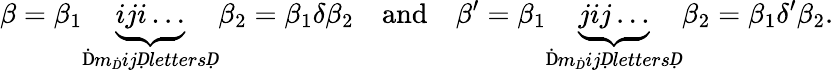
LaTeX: \beta=\beta_{1}\underbrace{iji\dots}_{\mathrm{Ḋ}m_{Ḋ}ijḌlettersḌ}\beta_{2}=\beta_{1}\delta\beta_{2}\quad\mathrm{and}\quad\beta^{\prime}=\beta_{1}\underbrace{jij\dots}_{\mathrm{Ḋ}m_{Ḋ}ijḌlettersḌ}\beta_{2}=\beta_{1}\delta^{\prime}\beta_{2}.